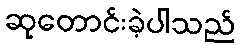
ဆုတောင်းခဲ့ပါသည်